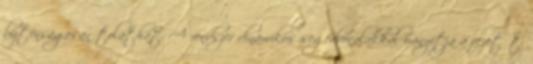
biztonságosan tolathat. A rendszer dinamikus segédvonalakkal irányítja a vezetőt,